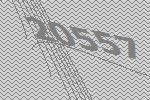
20557